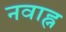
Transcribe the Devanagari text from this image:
नवाह्न